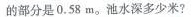
的部分是0.58m。池水深多少米?